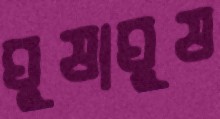
ঘুষাঘুষ